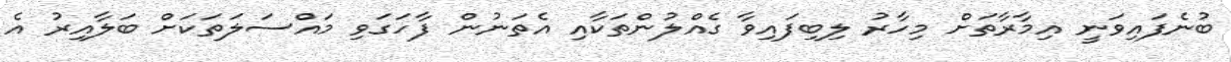
ބުނެފައިވަނީ އިމާރާތަށް މިހާރު ލިބިފައިވާ ގެއްލުންތަކާއި އެތަނުން ފާހަގަވި މައްސަލަތަކަށް ބަލާއިރު އެ